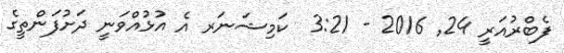
ފެބްރުއަރީ 24